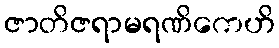
ဇာတိဇရာမရဏိကေဟိ